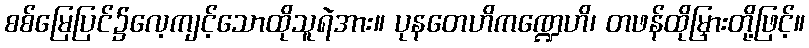
စစ်မြေပြင်၌လေ့ကျင့်သောထိုသူရဲအား။ ပုနတေဟိကဏ္ဍေဟိ၊ တဖန်ထိုမြှားတို့ဖြင့်။